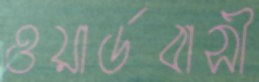
ওয়ার্ডবাসী